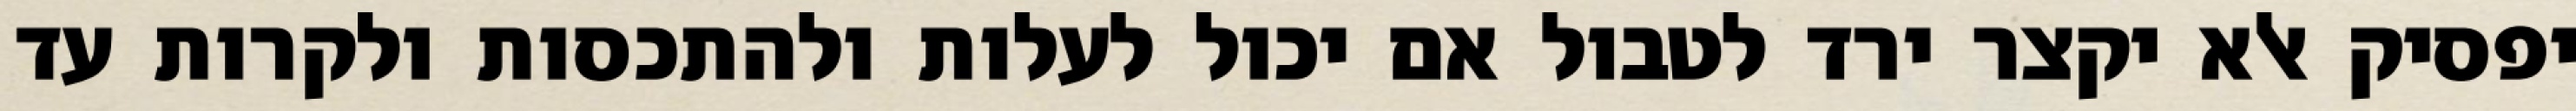
יפסיק אלא יקצר ירד לטבול אם יכול לעלות ולהתכסות ולקרות עד